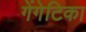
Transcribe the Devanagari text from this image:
गेंगेटिका